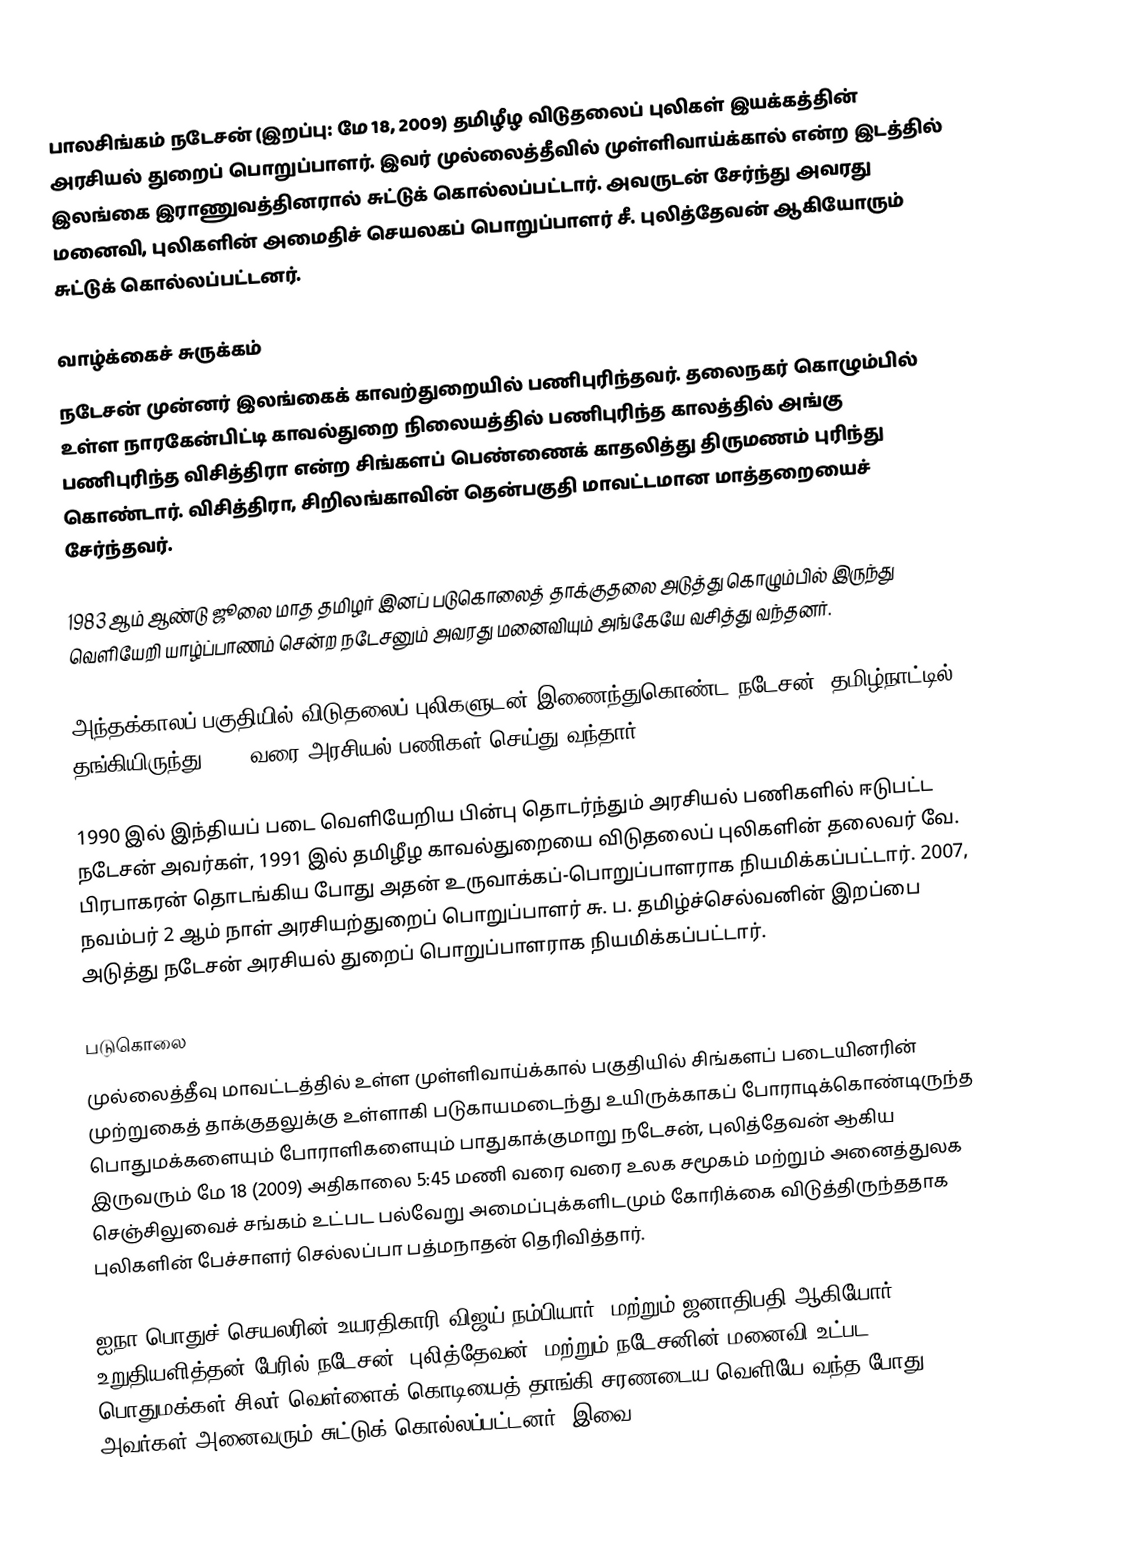
பாலசிங்கம் நடேசன் (இறப்பு: மே 18, 2009) தமிழீழ விடுதலைப் புலிகள் இயக்கத்தின் அரசியல் துறைப் பொறுப்பாளர். இவர் முல்லைத்தீவில் முள்ளிவாய்க்கால் என்ற இடத்தில் இலங்கை இராணுவத்தினரால் சுட்டுக் கொல்லப்பட்டார். அவருடன் சேர்ந்து அவரது மனைவி, புலிகளின் அமைதிச் செயலகப் பொறுப்பாளர் சீ. புலித்தேவன் ஆகியோரும் சுட்டுக் கொல்லப்பட்டனர்.

வாழ்க்கைச் சுருக்கம்
நடேசன் முன்னர் இலங்கைக் காவற்துறையில் பணிபுரிந்தவர். தலைநகர் கொழும்பில் உள்ள நாரகேன்பிட்டி காவல்துறை நிலையத்தில் பணிபுரிந்த காலத்தில் அங்கு பணிபுரிந்த விசித்திரா என்ற சிங்களப் பெண்ணைக் காதலித்து திருமணம் புரிந்து கொண்டார். விசித்திரா, சிறிலங்காவின் தென்பகுதி மாவட்டமான மாத்தறையைச் சேர்ந்தவர்.

1983 ஆம் ஆண்டு ஜூலை மாத தமிழர் இனப் படுகொலைத் தாக்குதலை அடுத்து கொழும்பில் இருந்து வெளியேறி யாழ்ப்பாணம் சென்ற நடேசனும் அவரது மனைவியும் அங்கேயே வசித்து வந்தனர்.

அந்தக்காலப் பகுதியில் விடுதலைப் புலிகளுடன் இணைந்துகொண்ட நடேசன், தமிழ்நாட்டில் தங்கியிருந்து 1987 வரை அரசியல் பணிகள் செய்து வந்தார்.

1990 இல் இந்தியப் படை வெளியேறிய பின்பு தொடர்ந்தும் அரசியல் பணிகளில் ஈடுபட்ட நடேசன் அவர்கள், 1991 இல் தமிழீழ காவல்துறையை விடுதலைப் புலிகளின் தலைவர் வே. பிரபாகரன் தொடங்கிய போது அதன் உருவாக்கப்-பொறுப்பாளராக நியமிக்கப்பட்டார். 2007, நவம்பர் 2 ஆம் நாள் அரசியற்துறைப் பொறுப்பாளர் சு. ப. தமிழ்ச்செல்வனின் இறப்பை அடுத்து நடேசன் அரசியல் துறைப் பொறுப்பாளராக நியமிக்கப்பட்டார்.

படுகொலை
முல்லைத்தீவு மாவட்டத்தில் உள்ள முள்ளிவாய்க்கால் பகுதியில் சிங்களப் படையினரின் முற்றுகைத் தாக்குதலுக்கு உள்ளாகி படுகாயமடைந்து உயிருக்காகப் போராடிக்கொண்டிருந்த பொதுமக்களையும் போராளிகளையும் பாதுகாக்குமாறு நடேசன், புலித்தேவன் ஆகிய இருவரும் மே 18 (2009) அதிகாலை 5:45 மணி வரை வரை உலக சமூகம் மற்றும் அனைத்துலக செஞ்சிலுவைச் சங்கம் உட்பட பல்வேறு அமைப்புக்களிடமும் கோரிக்கை விடுத்திருந்ததாக புலிகளின் பேச்சாளர் செல்லப்பா பத்மநாதன் தெரிவித்தார்.

ஐநா பொதுச் செயலரின் உயரதிகாரி விஜய் நம்பியார், மற்றும் ஜனாதிபதி ஆகியோர் உறுதியளித்தன் பேரில் நடேசன், புலித்தேவன், மற்றும் நடேசனின் மனைவி உட்பட பொதுமக்கள் சிலர் வெள்ளைக் கொடியைத் தாங்கி சரணடைய வெளியே வந்த போது அவர்கள் அனைவரும் சுட்டுக் கொல்லப்பட்டனர். இவை